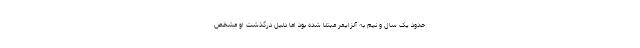
حدود یک سال و نیم به آلزایمر مبتلا شده بود اما دلیل درگذشت او مشخص